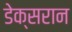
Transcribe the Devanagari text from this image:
डेक्सरान